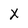
Character: x